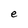
Character: e